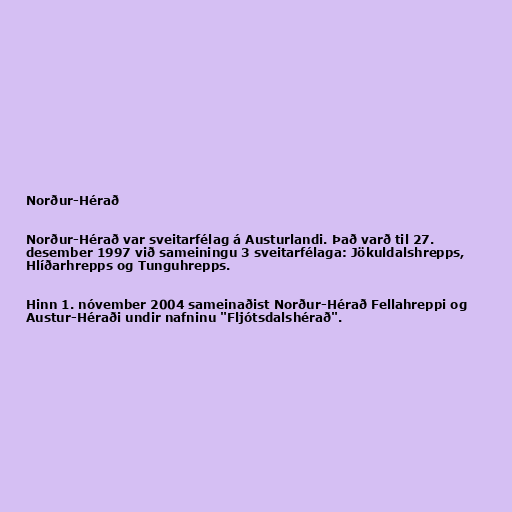
Norður-Hérað

Norður-Hérað var sveitarfélag á Austurlandi. Það varð til 27.
desember 1997 við sameiningu 3 sveitarfélaga: Jökuldalshrepps,
Hlíðarhrepps og Tunguhrepps.

Hinn 1. nóvember 2004 sameinaðist Norður-Hérað Fellahreppi og
Austur-Héraði undir nafninu "Fljótsdalshérað".